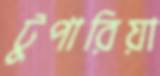
টুপারিয়া